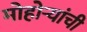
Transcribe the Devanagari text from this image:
मोहोऱ्यांची